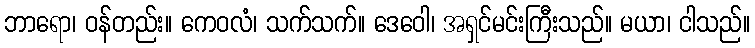
ဘာရော၊ ဝန်တည်း။ ကေဝလံ၊ သက်သက်။ ဒေဝေါ၊ အရှင်မင်းကြီးသည်။ မယာ၊ ငါသည်။